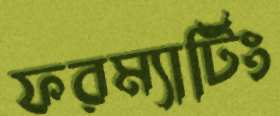
ফরম্যাটিং